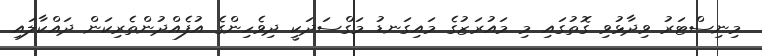
މިނިސްޓަރު ވިދާޅުވި ގޮތުގައި މި މައުރަޒުގެ މައިގަނޑު މަގްސަދަކީ ދިވެހިންގެ އުފެއްދުންތެރިކަން ދައްކާލައި